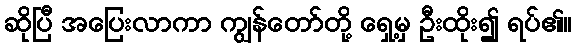
ဆိုပြီ အပြေးလာကာ ကျွန်တော်တို့ ရှေ့မှ ဦးထိုး၍ ရပ်၏။